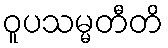
ဝူပသမ္မတီတိ